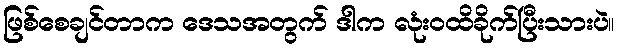
ဖြစ်စေချင်တာက ဒေသအတွက် ဒါက လုံးဝထိခိုက်ပြီးသားပဲ။